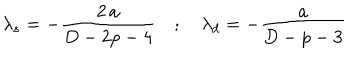
LaTeX: \lambda _ { s } = - \frac { 2 \, a } { D - 2 p - 4 } \quad ; \quad \lambda _ { d } = - \frac { a } { D - p - 3 }